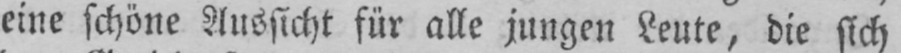
eine schöne Aussicht für alle jungen Leute, die sich